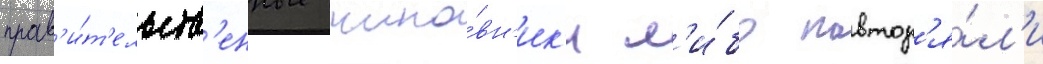
прав'и́т'ельств'енные чино́вн'ик'и л'и́бо повтор'я́л'и